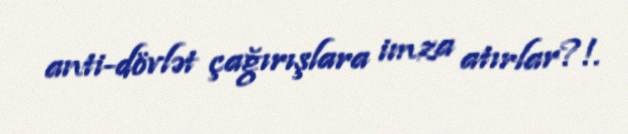
anti-dövlət çağırışlara imza atırlar?!.